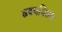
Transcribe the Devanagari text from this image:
हृदयविराम